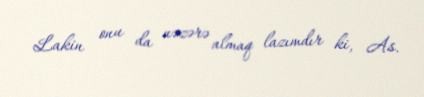
Lakin onu da nəzərə almaq lazımdır ki, As.